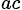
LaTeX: _{ac}